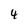
Character: 4